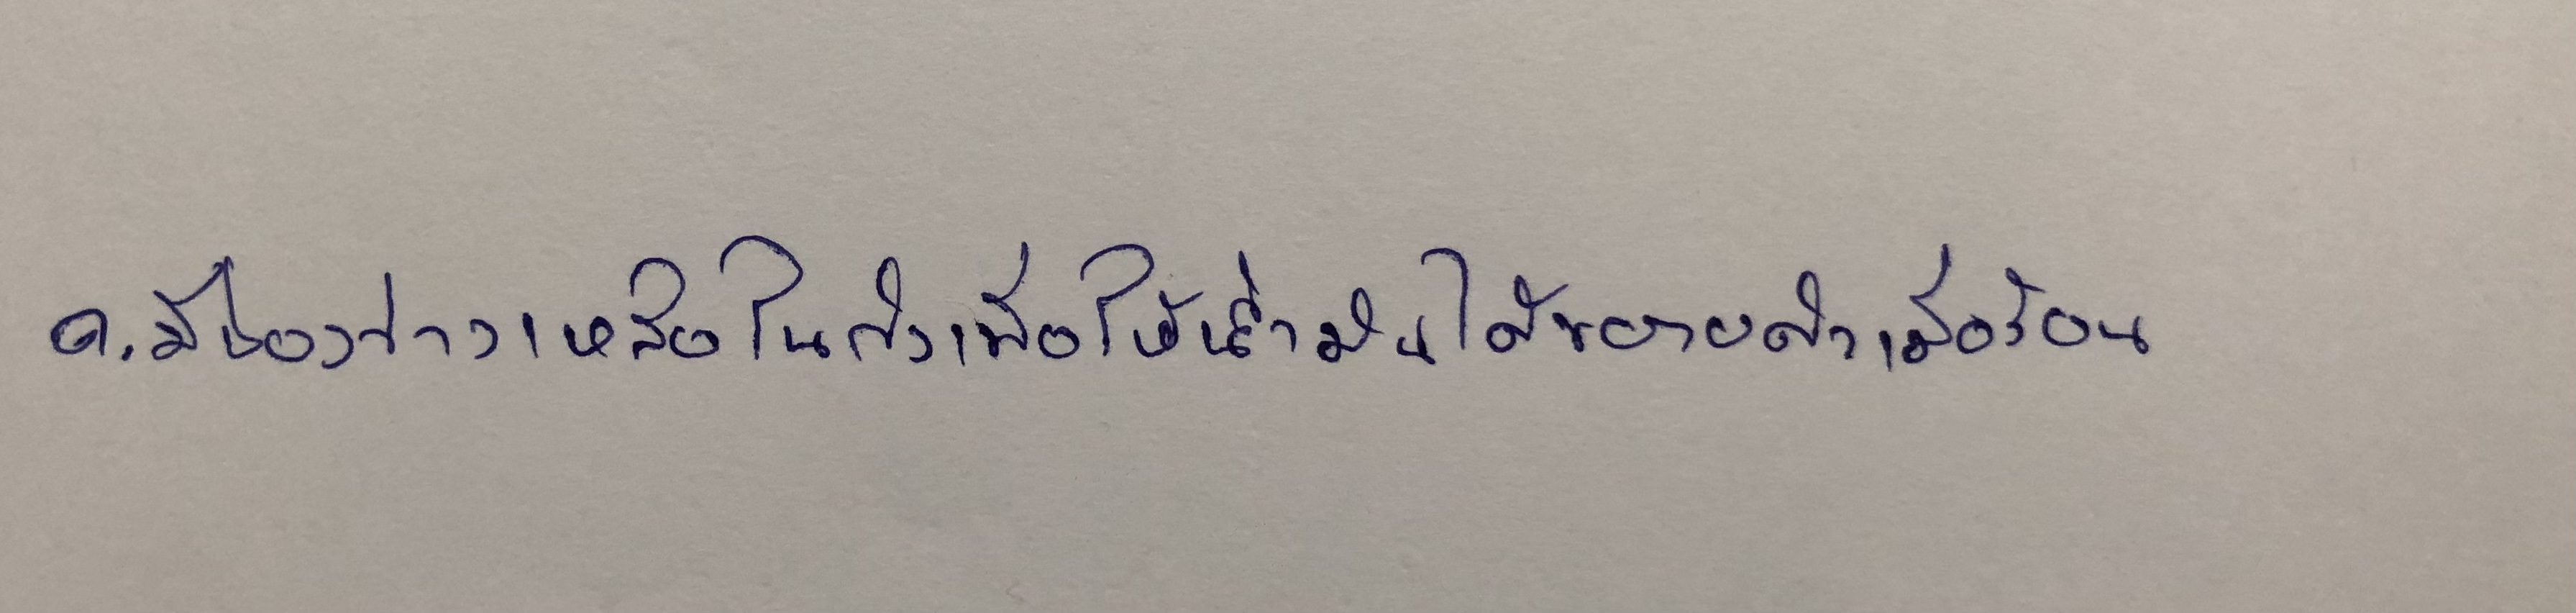
ค.มีช่องว่างเหลือในถังเพื่อให้น้ำมันได้ขยายตัวเมื่อร้อน